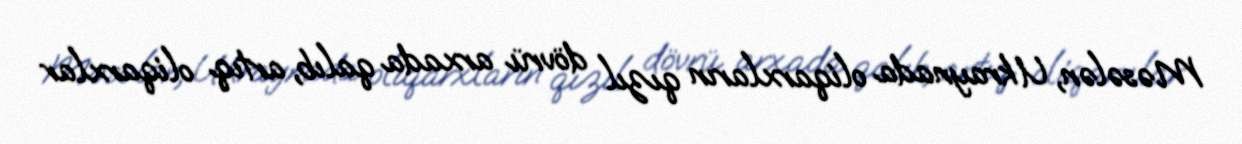
Məsələn, Ukraynada oliqarxların qızıl dövrü arxada qalıb, artıq oliqarxlar